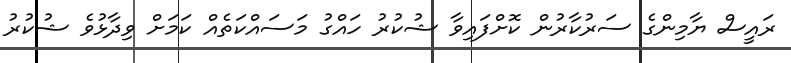
ރައީސް ޔާމިންގެ ސަރުކާރުން ކޮށްފައިވާ ޝުކުރު ހައްގު މަސައްކަތެއް ކަމަށް ވިދާޅުވެ ޝުކުރު